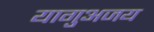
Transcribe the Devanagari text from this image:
यागुअजय